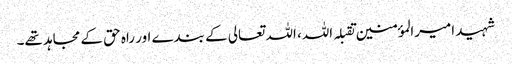
شہید امیرالمؤمنین تقبلہ اللہ، اللہ تعالی کے بندے اور راہ حق کے مجاہد تھے۔